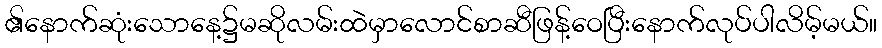
၏နောက်ဆုံးသောနေ့၌မဆိုလမ်းထဲမှာလောင်စာဆီဖြန့်ဝေပြီးနောက်လုပ်ပါလိမ့်မယ်။